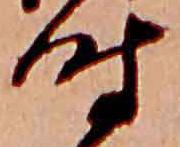
時